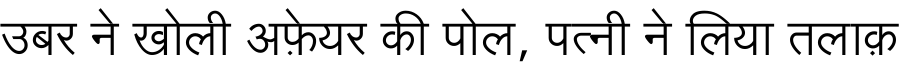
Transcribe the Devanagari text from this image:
उबर ने खोली अफ़ेयर की पोल, पत्नी ने लिया तलाक़